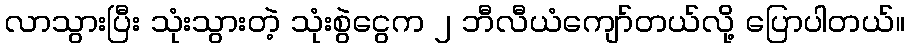
လာသွားပြီး သုံးသွားတဲ့ သုံးစွဲငွေက ၂ ဘီလီယံကျော်တယ်လို့ ပြောပါတယ်။